Report on vaccination in Madras 1922-1929 - 1922-1929
Year: 1922
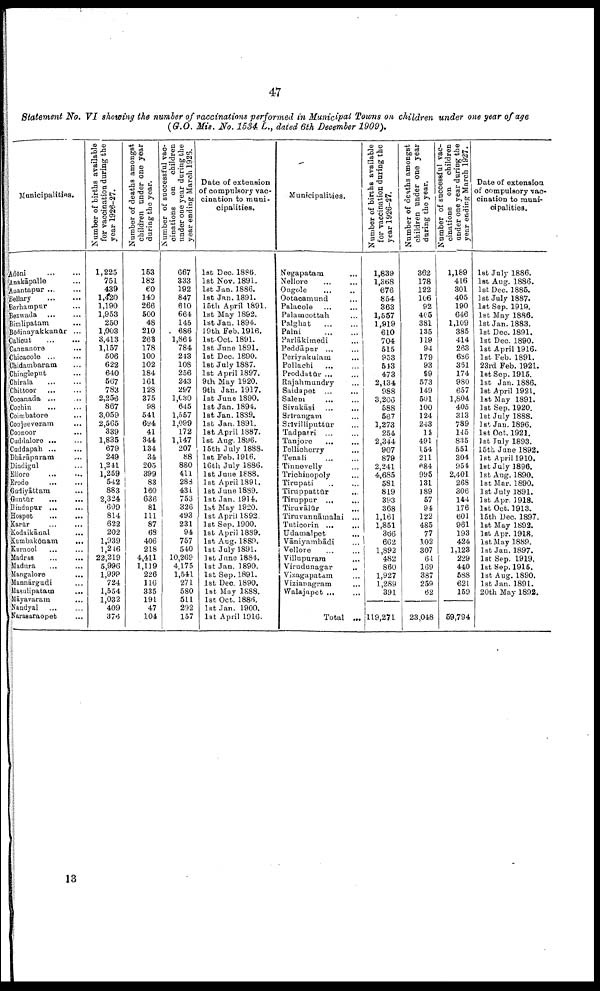
47
Statement No. VI showing the number of vaccinations performed in Municipal Towns on children under one year of age
(G.O. Mis. No. 1534 L., dated 6th December 1909).
Municipalities.
Adōni
...
...
Anakāpalle ...
Anantapur ... ...
Bellary
...
...
Berhampur ...
Bezwada ... ...
Bimlipabam ...
Bōdinayakkanūr ...
Caliout
...
...
Cannanore ...
Chioacole ... ...
Chidambaram
Chiagleput ...
Chirala ... ...
Chittoor
...
...
Cocanada ... ...
Cochin
Coimbatore
... ...
Conjeeveram ...
Coonoor ...
Cuddalore ... ...
Cuddapah
...
...
Dhārāpuram ...
Dindigal ...
Ellore ... ...
Erode
Gudiyāttam ...
Guatūr ... ...
Hindupur ... ...
Hospet
...
...
Karūr ... ...
Kodaikānal ...
Kumbakōnam
...
Kurnool ... ...
Madras
Madura
...
Mangalore ...
Mannārgudi ...
Masulipatain
...
Māyavaram
Nandyal ... ...
Narasaraopet ...
Number of births available
for vaccination daring the
year 1926-27.
1,225
751
439
1,420
1,190
1,953
250
1,003
3,413
1,157
506
622
640
567
783
2,256
867
3,059
2,565
339
1,835
679
249
1,241
1,259
542
883
2,324
609
814
622
202
1,939
1,246
22,219
5,996
1,999
724
1,554
1,032
409
376
Number of deaths amongst
children under one year
during the year.
153
182
60
140
266
500
48
210
263
178
100
102
184
161
128
375
98
541
694
41
344
134
34
205
399
83
160
636
81
111
87
63
406
218
4,411
1,119
226
116
335
191
47
104
Number of successful vac
cinations on children
under one year during the
year ending March 1925.
667
333
192
847
610
664
145
686
1,864
784
243
108
256
243
297
1,030
645
1,557
1,099
172
1,147
207
88
880
411
283
431
753
326
493
231
94
757
540
10,269
4,175
1,541
271
580
511
292
157
Date of extension
of compulsory vac
cination to muni
cipalities.
1st Dec. 1886.
1st Nov. 1891.
1st Jan. 1.886.
1st Jan. 1891.
15th April 1891.
1st May 1892.
1st Jan. 1894.
19th Feb. 1916.
1st Oct. 1891.
1st June 1891.
1st Dec. 1890.
1st July 1887.
1st April 1897.
9th May 1920.
9th Jan. 1917.
1st June 1890.
1st Jan. 1894.
1st Jan. 1889.
1st Jan.1891.
1st April 1887.
1st Aug. 1896.
15th July 1888.
1st Feb. 1916.
16th July 1886.
1st June 1888.
1st April 1891.
1st June 1889.
1st Jan. 1914.
1st May 1920.
1st April 1892.
1st Sep. 1900.
1st April 1889.
1st Aug. 1889.
1st July 1891.
let June 1884.
1st Jan. 1890.
1st Sep. 1891.
1st Deo. 1890.
1st May 1888.
1st Oct. 1886.
1st Jan. 1900.
1st April 1916.
Municipalities.
Negapatam ...
Nellore
...
...
Ongole ... ...
Ootacamund ...
Palacole ... ...
Palamcottah ...
Palghat
...
...
Palni
...
...
Parlākimedi ...
Peddāpur ...
Periyakulam ...
Pollachi
...
...
Proddatūr ... ...
Rajahmundry ...
Saidapet ... ...
Salem
Sivakāsi ...
...
Srīrangam ...
Srīvillipnttur ...
Tadpatri ... ...
Tanjore
... ...
Tellicherry ...
Tenali ... ...
Tinnevelly ...
Trichinopoly ...
Tirupati ... ...
Tiruppattūr ...
Tiruppur ... ...
Tiruvālūr ...
Tiruvannāmalai ...
Tuticorin ...
...
Udamalpet ...
Vāniyambādi ...
Vellore ... ...
Villupurara ...
Virudunagar
...
Vizagapatam ...
Vizianagram
...
Walajapet ... ...
Total ...
Number of births available
for vaccination during the
year 1926-27.
1,839
1,368
676
854
863
1,557
1,919
610
704
515
953
513
473
2,134
988
3,206
588
567
1,273
254
2,344
907
879
2,241
4,685
581
819
393
368
1,161
1,851
366
662
1,892
482
860
1,927
1,289
391
119,271
Number of deaths amongst
children under one year
during the year.
362
178
122
106
92
405
381
135
119
94
179
93
99
573
149
501
100
124
243
11
491
154
211
684
995
131
189
57
94
122
485
77
102
307
64
169
387
259
62
23,048
Number of successful vac
cinations on children
under one year during the
year ending March 1927.
1,189
416
301
405
190
646
1,109
385
414
263
686
361
174
980
657
1,804
405
313
789
145
835
551
304
954
2,401
268
306
144
176
601
961
193
424
1,123
229
440
588
621
159
59,794
Date of extension
of compulsory vac¬
cination to muni¬
cipalities.
1st July 1886.
1st Aug. 1886.
1st Dec. 1885.
1st July 1887.
1st Sep. 1919.
let May 1886.
1st Jan.1883.
1st Dec. 1891.
1st Dec. 1890.
1st April 1916.
1st Feb. 1891.
23rd Feb. 1921.
1st Sep. 1915.
1st Jan. 1886.
1st April 1921.
let May 1891.
1st Sep. 1920.
1st July 1888.
1st Jan. 1896.
1st Oct. 1921.
1st July 1893.
15th Jane 1892.
1st April 1910.
1st July 1896.
1st Aug. 1890.
1st Mar. 1890.
1st July 1891.
1st Apr. 1918.
1st Oct. 1913.
15th Dec. 1897.
1st May 1892.
1st Apr. 1918,
1st May 1889.
1st Jan.1897.
1st Sep. 1919.
1st Sep. 1915.
1st Aug. 1890.
1st Jan. 1891.
20th May 1892.
13